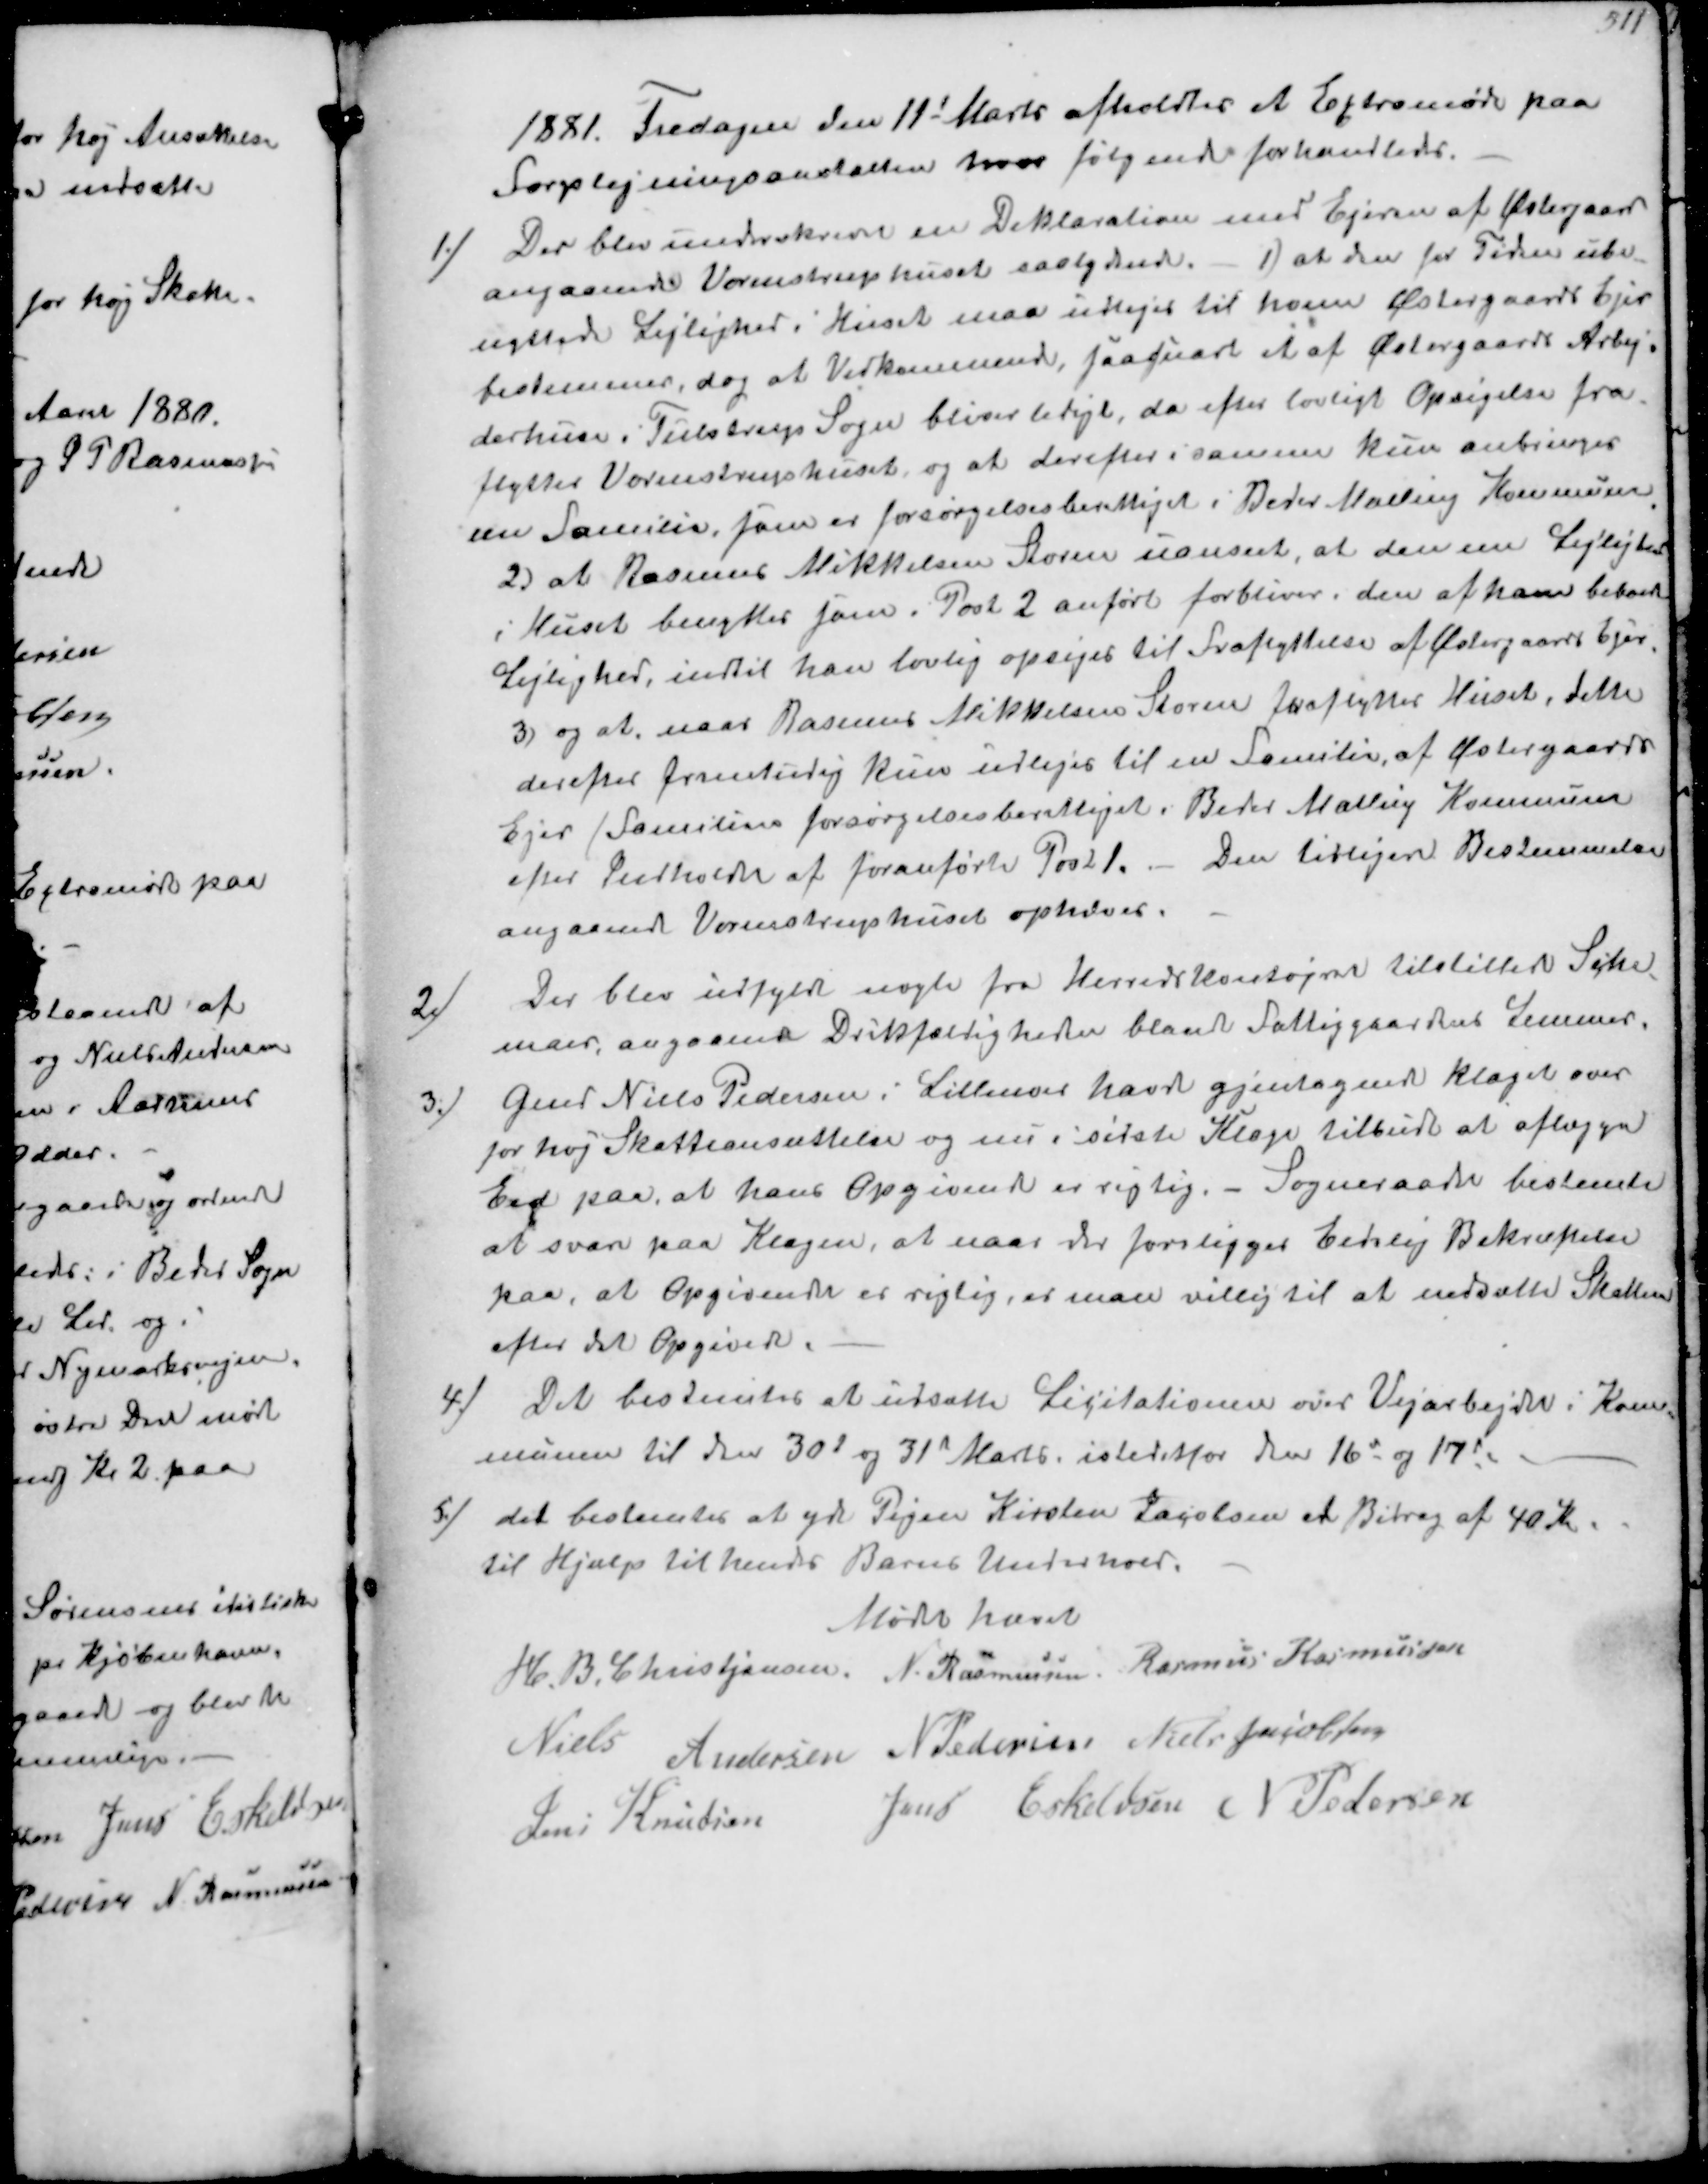
Transskription:
1821. Fredagen den 11t Marts afholdtes et Extramøde paa
Forplejningsanstalten hvor følgende forhandledes.
1./
Der blev underskrevn en Deklaration med Ejeren af Østergaard
angaaende Vormstruphuset saalydende 1) at den for Tiden ube-
nyttede Lejlighed i Huset maa udlejes til hvem Østergaards Ejer
bestemmer, dog at Vedkommende, saasnart et af Østergaards Arbej-
derhuse i Tulstrup Sogn bliver ledigt, da efter lovligt Opsigelse fra-
flytter Vormstruphuset, og at derefter i samme kun anbringes
en Familie, som er forsørgelsesberettiget i Beder Malling Kommune
2) at Rasmus Mikkelsen Storm uanseet, at denne Lejlighed
i Huset benyttes som i Post 2 anført forbliver den af ham beboede
Lejlighed, indtil han lovlig opsiges til Fraflyttelse af Østergaards Ejer.
3) og at naar Rasmus Mikkelsen Storm fraflytter Huset, dette
derefter fremtidig kun udlejes til en Familie af Østergaards
Ejer / Familier forsørgelsesberettiget i Beder Malling Kommune
efter Indholdet af foranførte Post 1..- Den tidligere Bestemmelse
angaaende Vormstruphuset ophæves.

2/
Der blev udfyldt nogle fra Herredskontoret tilstillede Ske-
maer, angaaende Drikfældighed blandt Fattiggaardens Lemmer
3/
Gmd Niels Pedersen i Lillenoer havde gjentagende klaget over
for høj Skatteansættelse og nu i sidste Klage tilbudt at aflægge
Eed paa at hans Opgivende er rigtig.- Sogneraadet bestemte
at svare paa Klagen, at naar der foreligger Eedlig Bekræftelse
paa, at Opgivende er rigtig, et man villig til at nedsætte Skatten
efter det Opgivede
4/
Det bestemtes at udsætte Licitationen over Vejarbejder i Kom-
munen til den 30d og 31t Marts istedetfor den 16d og 17d
5/
det bestemtes at yde Pigen Kirsten Jacobsen er Bidrag af 40 Kr
til Hjælp til hendes Barns Underhold.
Mødet hævet
H. B. Christjansen.
N. Rasmussen
Rasmus Rasmussen
Niels Andersen
N Pedersen
Niels Jacobsen
Jens Knudsen
Jens Eskeldsen
N Pedersen